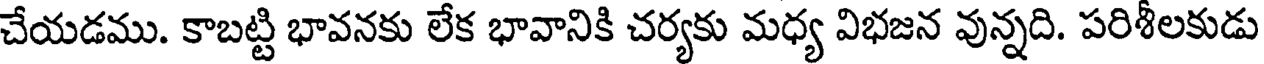
చేయడము. కాబట్టి భావనకు లేక భావానికి చర్యకు మధ్య విభజన వున్నది. పరిశీలకుడు